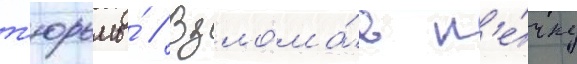
т'юрьмы́ // Взлома́в п'е́чку